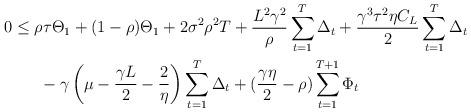
LaTeX: \begin{align*}0 &\leq \rho\tau\Theta_1 + (1-\rho)\Theta_1 + 2\sigma^2 \rho^2 T + \frac{L^2\gamma^2}{\rho}\sum_{t=1}^T\Delta_t +\frac{\gamma^3\tau^2\eta C_L}{2}\sum_{t=1}^T\Delta_t\\&~~~~~-\gamma\left(\mu-\frac{\gamma L}{2}-\frac{2}{\eta}\right)\sum_{t=1}^T\Delta_t + (\frac{\gamma\eta}{2}-\rho)\sum_{t=1}^{T+1} \Phi_t \end{align*}